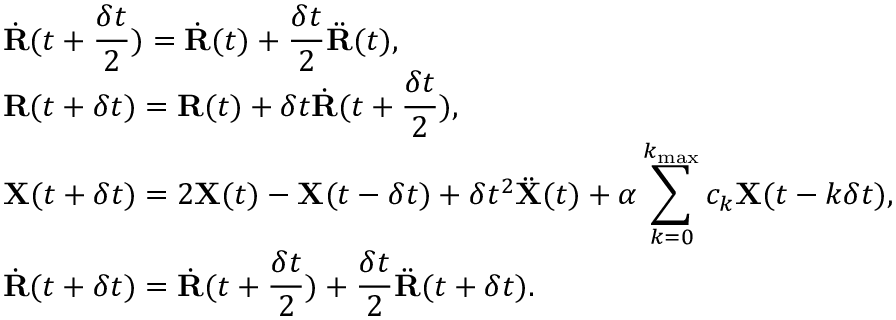
\begin{array} { l } { { \displaystyle { { \dot { \bf R } } } ( t + \frac { \delta t } { 2 } ) = { { \dot { \bf R } } } ( t ) + \frac { \delta t } { 2 } { { \ddot { \bf R } } } ( t ) } , \ ~ } \\ { { \displaystyle { { \bf R } } ( t + \delta t ) = { { \bf R } } ( t ) + \delta t { { \dot { \bf R } } } ( t + \frac { \delta t } { 2 } ) } , \ ~ } \\ { { \displaystyle { \bf X } ( t + \delta t ) = 2 { \bf X } ( t ) - { \bf X } ( t - \delta t ) + \delta t ^ { 2 } { \ddot { \bf X } } ( t ) + \alpha \sum _ { k = 0 } ^ { k _ { \mathrm { m a x } } } c _ { k } { \bf X } ( t - k \delta t ) } , \ ~ } \\ { { \displaystyle { { \dot { \bf R } } } ( t + \delta t ) = { { \dot { \bf R } } } ( t + \frac { \delta t } { 2 } ) + \frac { \delta t } { 2 } { { \ddot { \bf R } } } ( t + \delta t ) } . } \end{array}